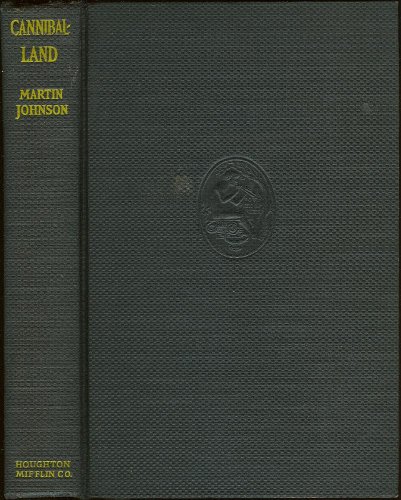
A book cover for Cannibal-land; Adventures with a Camera in the New Hebrides.; Martin Johnson; Travel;